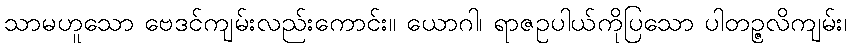
သာမဟူသော ဗေဒင်ကျမ်းလည်းကောင်း။ ယောဂါ၊ ရာဇဥပါယ်ကိုပြသော ပါတဉ္ဇလိကျမ်း၊